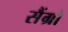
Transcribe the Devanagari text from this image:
सैंग्रो